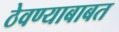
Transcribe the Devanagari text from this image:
ठेवण्याबाबत